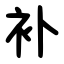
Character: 补